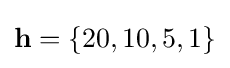
\mathbf {h} =\{20,10,5,1\}